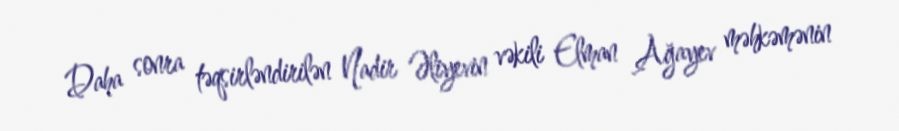
Daha sonra təqsirləndirilən Nadir Əliyevin vəkili Elman Ağayev məhkəmənin